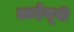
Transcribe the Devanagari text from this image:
आईमूवी